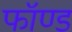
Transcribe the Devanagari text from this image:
फॉण्ड